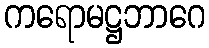
ကရောမဋ္ဌဘာဂေ